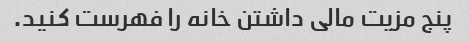
پنج مزیت مالی داشتن خانه را فهرست کنید.